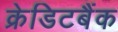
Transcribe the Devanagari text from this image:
क्रेडिटबैंक